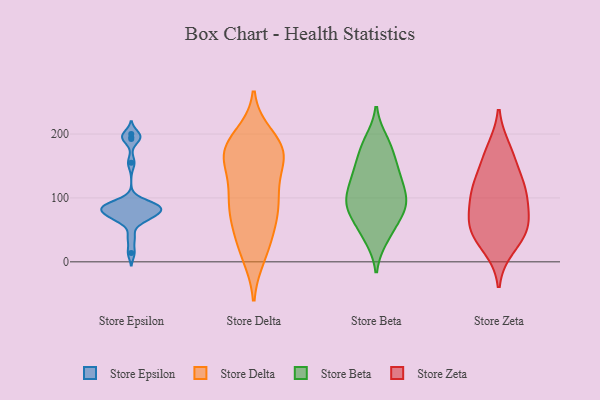
{"axis": {"x": "Humidity (%)", "y": "Value"}, "legend": ["Store Beta", "Store Delta", "Store Epsilon", "Store Zeta"], "data": [{"x": "", "y": 87, "type": "Store Epsilon"}, {"x": "", "y": 83, "type": "Store Epsilon"}, {"x": "", "y": 68, "type": "Store Epsilon"}, {"x": "", "y": 93, "type": "Store Epsilon"}, {"x": "", "y": 200, "type": "Store Epsilon"}, {"x": "", "y": 192, "type": "Store Epsilon"}, {"x": "", "y": 14, "type": "Store Epsilon"}, {"x": "", "y": 75, "type": "Store Epsilon"}, {"x": "", "y": 91, "type": "Store Epsilon"}, {"x": "", "y": 66, "type": "Store Epsilon"}, {"x": "", "y": 80, "type": "Store Epsilon"}, {"x": "", "y": 38, "type": "Store Epsilon"}, {"x": "", "y": 77, "type": "Store Epsilon"}, {"x": "", "y": 90, "type": "Store Epsilon"}, {"x": "", "y": 155, "type": "Store Epsilon"}, {"x": "", "y": 85, "type": "Store Epsilon"}, {"x": "", "y": 195, "type": "Store Epsilon"}, {"x": "", "y": 81, "type": "Store Epsilon"}, {"x": "", "y": 65, "type": "Store Epsilon"}, {"x": "", "y": 62, "type": "Store Delta"}, {"x": "", "y": 80, "type": "Store Delta"}, {"x": "", "y": 28, "type": "Store Delta"}, {"x": "", "y": 10, "type": "Store Delta"}, {"x": "", "y": 104, "type": "Store Delta"}, {"x": "", "y": 112, "type": "Store Delta"}, {"x": "", "y": 16, "type": "Store Delta"}, {"x": "", "y": 172, "type": "Store Delta"}, {"x": "", "y": 168, "type": "Store Delta"}, {"x": "", "y": 74, "type": "Store Delta"}, {"x": "", "y": 102, "type": "Store Delta"}, {"x": "", "y": 161, "type": "Store Delta"}, {"x": "", "y": 196, "type": "Store Delta"}, {"x": "", "y": 174, "type": "Store Delta"}, {"x": "", "y": 105, "type": "Store Delta"}, {"x": "", "y": 183, "type": "Store Delta"}, {"x": "", "y": 56, "type": "Store Delta"}, {"x": "", "y": 165, "type": "Store Delta"}, {"x": "", "y": 163, "type": "Store Delta"}, {"x": "", "y": 177, "type": "Store Delta"}, {"x": "", "y": 147, "type": "Store Beta"}, {"x": "", "y": 93, "type": "Store Beta"}, {"x": "", "y": 182, "type": "Store Beta"}, {"x": "", "y": 170, "type": "Store Beta"}, {"x": "", "y": 90, "type": "Store Beta"}, {"x": "", "y": 43, "type": "Store Beta"}, {"x": "", "y": 37, "type": "Store Beta"}, {"x": "", "y": 93, "type": "Store Beta"}, {"x": "", "y": 66, "type": "Store Beta"}, {"x": "", "y": 104, "type": "Store Beta"}, {"x": "", "y": 91, "type": "Store Beta"}, {"x": "", "y": 130, "type": "Store Beta"}, {"x": "", "y": 74, "type": "Store Beta"}, {"x": "", "y": 135, "type": "Store Beta"}, {"x": "", "y": 189, "type": "Store Beta"}, {"x": "", "y": 130, "type": "Store Beta"}, {"x": "", "y": 23, "type": "Store Zeta"}, {"x": "", "y": 161, "type": "Store Zeta"}, {"x": "", "y": 44, "type": "Store Zeta"}, {"x": "", "y": 59, "type": "Store Zeta"}, {"x": "", "y": 125, "type": "Store Zeta"}, {"x": "", "y": 57, "type": "Store Zeta"}, {"x": "", "y": 106, "type": "Store Zeta"}, {"x": "", "y": 111, "type": "Store Zeta"}, {"x": "", "y": 58, "type": "Store Zeta"}, {"x": "", "y": 175, "type": "Store Zeta"}, {"x": "", "y": 101, "type": "Store Zeta"}]}